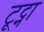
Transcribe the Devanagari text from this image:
टूट्ना